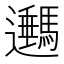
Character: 𨙔